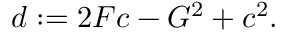
d : = 2 { \cal F } c - { \cal G } ^ { 2 } + c ^ { 2 } .